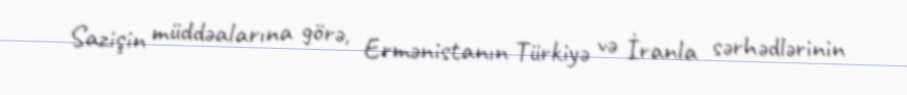
Sazişin müddəalarına görə, Ermənistanın Türkiyə və İranla sərhədlərinin